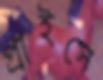
প্রাইসে